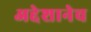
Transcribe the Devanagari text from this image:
अद्देशानेच